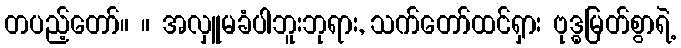
တပည့်တော်။ ။ အလှူမခံပါဘူးဘုရား, သက်တော်ထင်ရှား ဗုဒ္ဓမြတ်စွာရဲ့